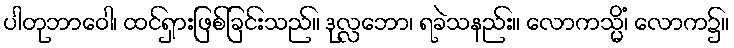
ပါတုဘာဝေါ၊ ထင်ရှားဖြစ်ခြင်းသည်။ ဒုလ္လဘော၊ ရခဲသနည်း။ လောကသ္မိံ၊ လောက၌။